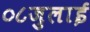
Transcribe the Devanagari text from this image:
०८जुलाई